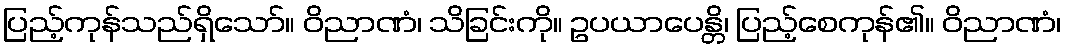
ပြည့်ကုန်သည်ရှိသော်။ ဝိညာဏံ၊ သိခြင်းကို။ ဥပယာပေန္တိ၊ ပြည့်စေကုန်၏။ ဝိညာဏံ၊